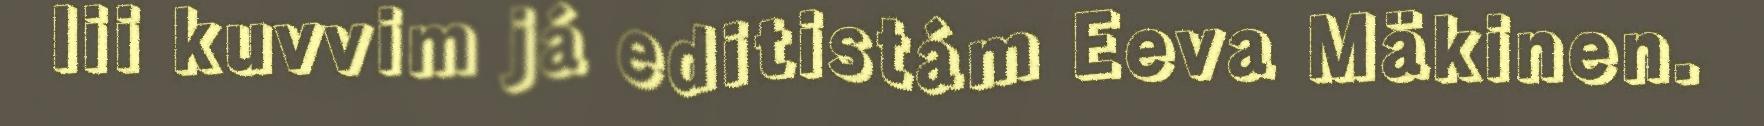
lii kuvvim já editistám Eeva Mäkinen.